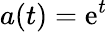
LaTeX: a(t)=\mathrm{e}^{t}